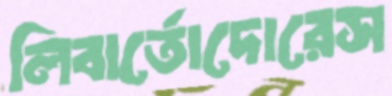
লিবার্তোদোরেস